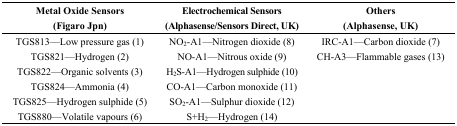
<table><thead><tr><td><b>Metal Oxide Sensors(Figaro Jpn)</b></td><td><b>Electrochemical Sensors(Alphasense/Sensors Direct, UK)</b></td><td><b>Others(Alphasense, UK)</b></td></tr></thead><tbody><tr><td>TGS813—Low pressure gas (1)</td><td>NO<sub>2</sub>-A1—Nitrogen dioxide (8)</td><td>IRC-A1—Carbon dioxide (7)</td></tr><tr><td>TGS821—Hydrogen (2)</td><td>NO-A1—Nitrous oxide (9)</td><td>CH-A3—Flammable gases (13)</td></tr><tr><td>TGS822—Organic solvents (3)</td><td>H<sub>2</sub>S-A1—Hydrogen sulphide (10)</td><td></td></tr><tr><td>TGS824—Ammonia (4)</td><td>CO-A1—Carbon monoxide (11)</td><td></td></tr><tr><td>TGS825—Hydrogen sulphide (5)</td><td>SO<sub>2</sub>-A1—Sulphur dioxide (12)</td><td></td></tr><tr><td>TGS880—Volatile vapours (6)</td><td>S+H<sub>2</sub>—Hydrogen (14)</td><td></td></tr></tbody></table>